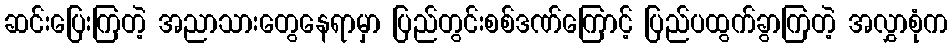
ဆင်းပြေးကြတဲ့ အညာသားတွေနေရာမှာ ပြည်တွင်းစစ်ဒဏ်ကြောင့် ပြည်ပထွက်ခွာကြတဲ့ အလွှာစုံက